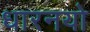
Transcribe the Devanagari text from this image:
धारनयो